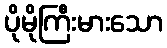
ပိုမိုကြီးမားသော